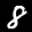
Label: 8